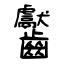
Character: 齾